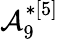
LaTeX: \mathcal{A}_{9}^{*[5]}